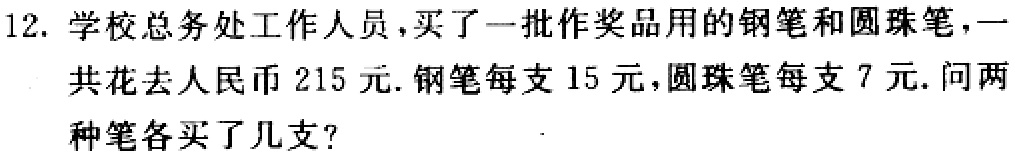
12. 学校总务处工作人员，买了一批作奖品用的钢笔和圆珠笔，一共花去人民币215元.钢笔每支15元，圆珠笔每支7元. 问两种笔各买了几支?